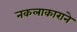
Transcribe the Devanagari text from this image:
नकलाकाराने